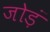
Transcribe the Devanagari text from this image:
जोड़ं